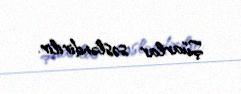
Şüarlar səsləndirilir.